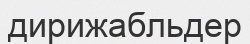
дирижабльдер